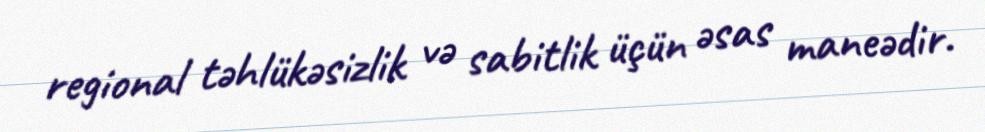
regional təhlükəsizlik və sabitlik üçün əsas maneədir.